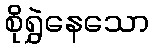
စိုရွှဲနေသော